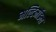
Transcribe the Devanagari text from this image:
मल्टिमॉडल